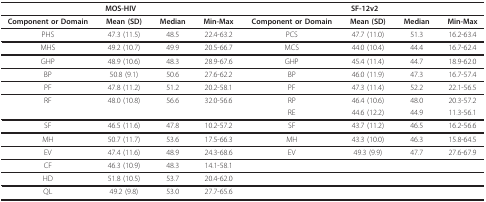
| <COLSPAN=4> MOS-HIV | <COLSPAN=4> SF-12v2 |
 | --- | --- | --- | --- | --- | --- | --- | --- |
 | Component or Domain | Mean (SD) | Median | Min-Max | Component or Domain | Mean (SD) | Median | Min-Max |
 | PHS | 47.3 (11.5) | 48.5 | 22.4-63.2 | PCS | 47.7 (11.0) | 51.3 | 16.2-63.4 |
 | MHS | 49.2 (10.7) | 49.9 | 20.5-66.7 | MCS | 44.0 (10.4) | 44.4 | 16.7-62.4 |
 | GHP | 48.9 (10.6) | 48.3 | 28.9-67.6 | GHP | 45.4 (11.4) | 44.7 | 18.9-62.0 |
 | BP | 50.8 (9.1) | 50.6 | 27.6-62.2 | BP | 46.0 (11.9) | 47.3 | 16.7-57.4 |
 | PF | 47.8 (11.2) | 51.2 | 20.2-58.1 | PF | 47.3 (11.4) | 52.2 | 22.1-56.5 |
 | RF | 48.0 (10.8) | 56.6 | 32.0-56.6 | RP | 46.4 (10.6) | 48.0 | 20.3-57.2 |
 |  |  |  |  | RE | 44.6 (12.2) | 44.9 | 11.3-56.1 |
 | SF | 46.5 (11.6) | 47.8 | 10.2-57.2 | SF | 43.7 (11.2) | 46.5 | 16.2-56.6 |
 | MH | 50.7 (11.7) | 53.6 | 17.5-66.3 | MH | 43.3 (10.0) | 46.3 | 15.8-64.5 |
 | EV | 47.4 (11.6) | 48.9 | 24.3-68.6 | EV | 49.3 (9.9) | 47.7 | 27.6-67.9 |
 | CF | 46.3 (10.9) | 48.3 | 14.1-58.1 |  |  |  |  |
 | HD | 51.8 (10.5) | 53.7 | 20.4-62.0 |  |  |  |  |
 | QL | 49.2 (9.8) | 53.0 | 27.7-65.6 |  |  |  |  |